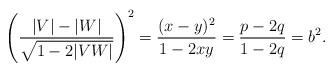
LaTeX: \begin{align*} \Biggl(\frac{|V|-|W|}{\sqrt{1-2|VW|}}\Biggr)^{2} = \frac{(x-y)^{2}}{1-2xy} = \frac{p-2q}{1-2q} = b^{2}. \end{align*}